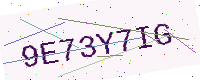
Text: 9E73Y7IG